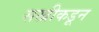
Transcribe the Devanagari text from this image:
सखीकडून